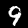
Label: 9